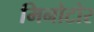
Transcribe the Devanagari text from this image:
मिनोटोर